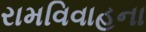
રામવિવાહના